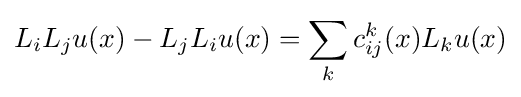
L_{i}L_{j}u(x)-L_{j}L_{i}u(x)=\sum _{k}c_{ij}^{k}(x)L_{k}u(x)